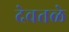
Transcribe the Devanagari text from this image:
देवतळे